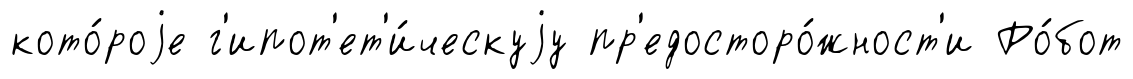
кото́роjе г'ипот'ет'и́ческуjу пр'едосторо́жност'и Ро́бот